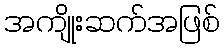
အကျိုးဆက်အဖြစ်